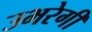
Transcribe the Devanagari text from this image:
उभरेगी